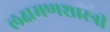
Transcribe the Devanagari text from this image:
लक्षमणशास्त्री